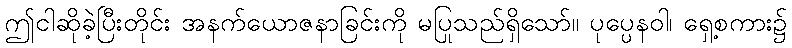
ဤငါဆိုခဲ့ပြီးတိုင်း အနက်ယောဇနာခြင်းကို မပြုသည်ရှိသော်။ ပုပ္ပေနဝါ၊ ရှေ့စကား၌